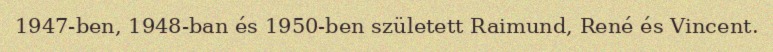
1947-ben, 1948-ban és 1950-ben született Raimund, René és Vincent.